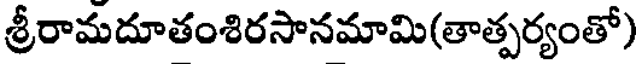
శ్రీరామదూతంశిరసానమామి(తాత్పర్యంతో)